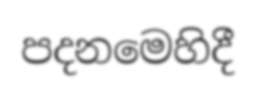
පදනමෙහිදී